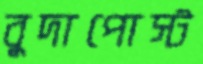
বুদাপোস্ট